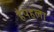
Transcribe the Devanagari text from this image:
हैपहला